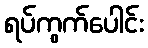
ရပ်ကွက်ပေါင်း